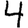
Digit: 4